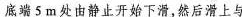
底端5m处由静止开始下滑，然后滑上与